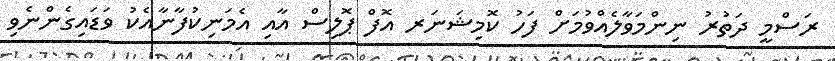
ރަސްމީ ދަތުރު ނިންމަވާލެއްވުމަށް ފަހު ކޮމިޝަނަރ އޮފް ޕޮލިސް އާއި އެމަނިކުފާނާއެކު ވަޑައިގެންނެވި